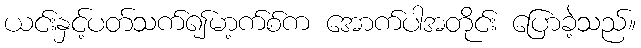
ယင်းနှင့်ပတ်သက်၍မာ့က်စ်က အောက်ပါအတိုင်း ပြောခဲ့သည်။